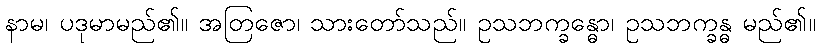
နာမ၊ ပဒုမာမည်၏။ အတြဇော၊ သားတော်သည်။ ဥသဘက္ခန္ဓော၊ ဥသဘက္ခန္ဓ မည်၏။